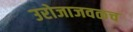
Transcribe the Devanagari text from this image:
उरोजाजवळच